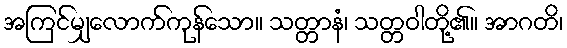
အကြင်မျှလောက်ကုန်သော။ သတ္တာနံ၊ သတ္တဝါတို့၏။ အာဂတိ၊